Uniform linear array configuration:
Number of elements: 12
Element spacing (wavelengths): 0.5
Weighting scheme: kaiser
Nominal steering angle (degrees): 15
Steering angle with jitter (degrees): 14.244
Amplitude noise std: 0.05
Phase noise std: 0.05

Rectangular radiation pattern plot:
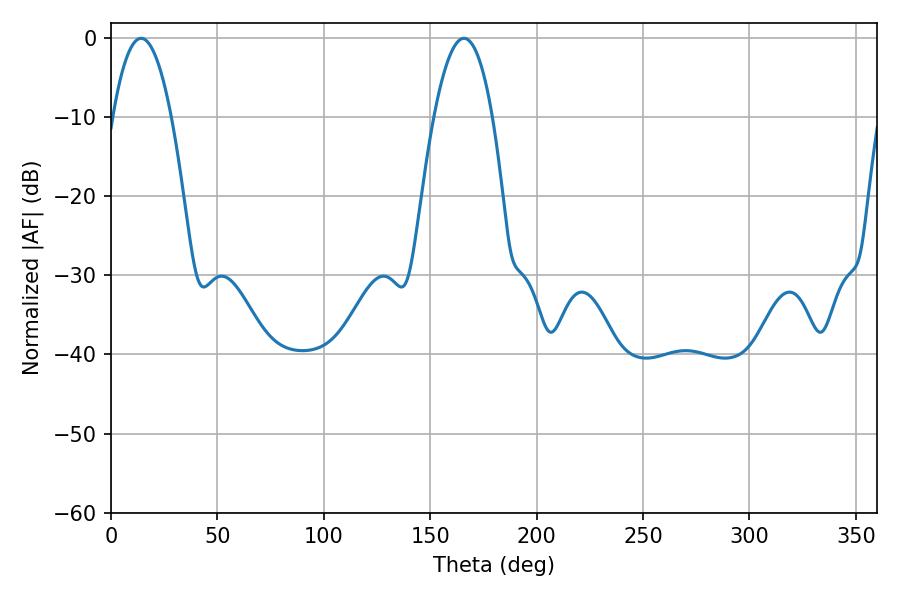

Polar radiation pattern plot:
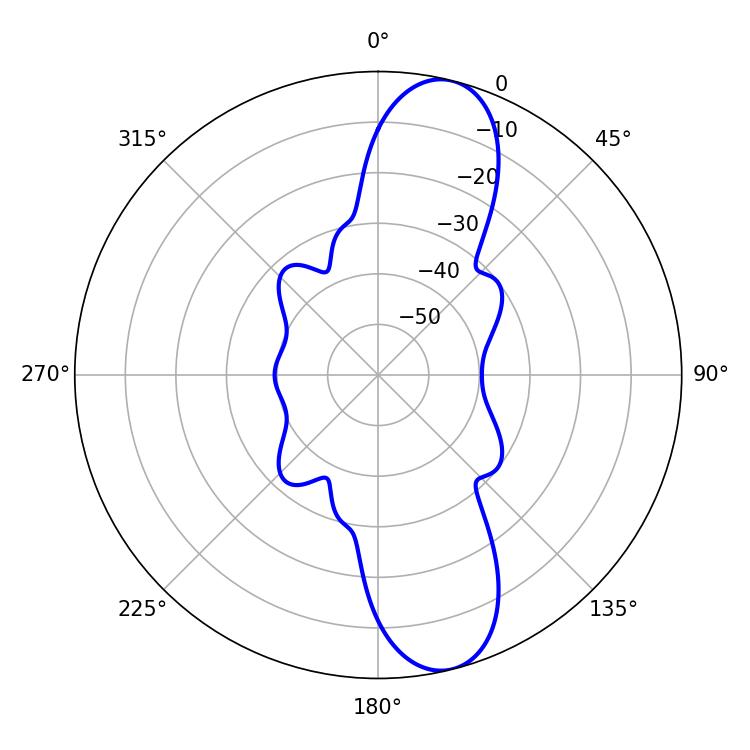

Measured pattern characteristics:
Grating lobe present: FALSE
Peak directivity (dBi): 11.537
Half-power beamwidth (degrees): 15.12
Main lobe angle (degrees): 14.22